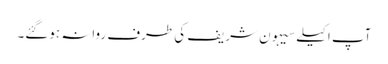
آپ اکیلے سیہون شریف کی طرف روانہ ہوگئے۔